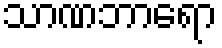
သာဏဘာရော